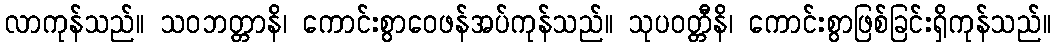
လာကုန်သည်။ သဝဘတ္တာနိ၊ ကောင်းစွာဝေဖန်အပ်ကုန်သည်။ သုပဝတ္တီနိ၊ ကောင်းစွာဖြစ်ခြင်းရှိကုန်သည်။